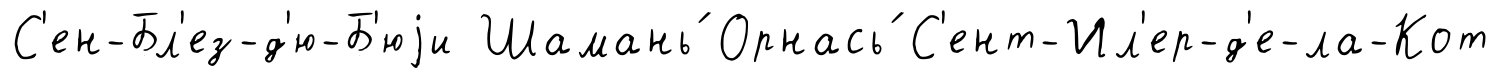
С'ен-Бл'ез-д'ю-Б'юjи Шамань́ Орнась́ С'ент-Ил'ер-д'е-ла-Кот